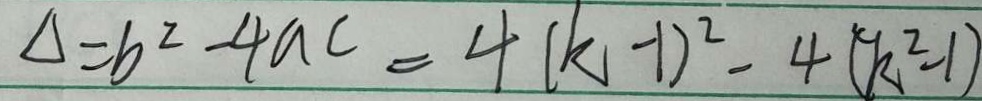
\Delta = b ^ { 2 } - 4 a c = 4 ( k - 1 ) ^ { 2 } - 4 ( k ^ { 2 } - 1 )